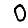
Digit: 0